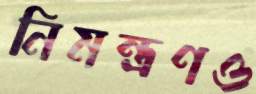
নিমন্ত্রণও